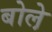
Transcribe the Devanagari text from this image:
बोले़